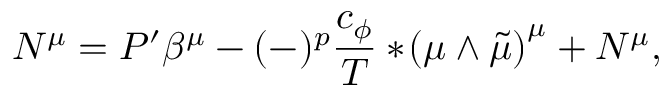
N ^ { \mu } = P ^ { \prime } \beta ^ { \mu } - ( - ) ^ { p } \frac { c _ { \phi } } { T } * \! \left( \mu \wedge \tilde { \mu } \right) ^ { \mu } + { \cal N } ^ { \mu } ,